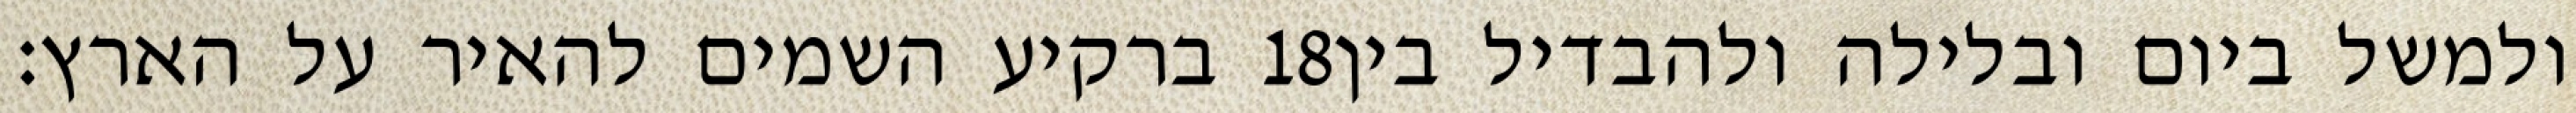
ברקיע השמים להאיר על הארץ׃ ‎18‏ ולמשל ביום ובלילה ולהבדיל בין